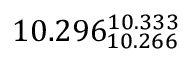
1 0 . 2 9 6 _ { 1 0 . 2 6 6 } ^ { 1 0 . 3 3 3 }